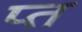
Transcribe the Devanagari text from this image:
प्त